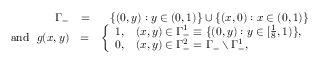
\begin{array} { r l r } { \Gamma _ { - } } & { = } & { \{ ( 0 , y ) : y \in ( 0 , 1 ) \} \cup \{ ( x , 0 ) : x \in ( 0 , 1 ) \} } \\ { \mathrm { a n d ~ } \, \, g ( x , y ) } & { = } & { \left\{ \begin{array} { r l } { 1 , } & { ( x , y ) \in \Gamma _ { - } ^ { 1 } \equiv \{ ( 0 , y ) : y \in [ \frac { 1 } { 8 } , 1 ) \} , } \\ { 0 , } & { ( x , y ) \in \Gamma _ { - } ^ { 2 } = \Gamma _ { - } \setminus \Gamma _ { - } ^ { 1 } , } \end{array} \right. } \end{array}